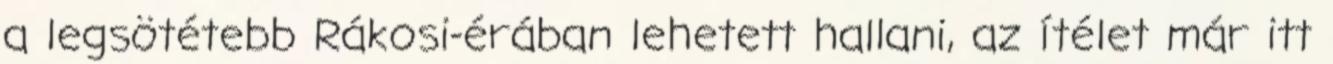
a legsötétebb Rákosi-érában lehetett hallani, az ítélet már itt